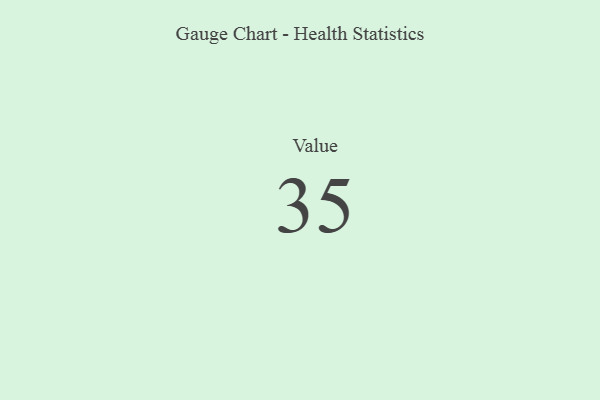
{"axis": {"x": "Metric", "y": "Value"}, "legend": [""], "data": [{"x": "Value", "y": 35, "type": ""}]}